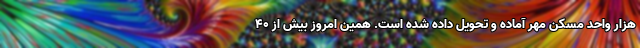
هزار واحد مسکن مهر آماده و تحویل داده شده است. همین امروز بیش از ۴۰